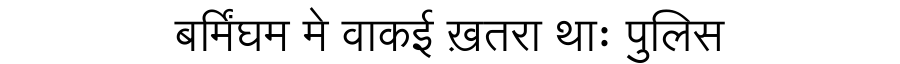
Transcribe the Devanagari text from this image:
बर्मिंघम मे वाकई ख़तरा थाः पुलिस